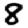
Digit: 8